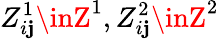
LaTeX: Z_{i\mathbf{j}}^{1}\inZ^{1},Z_{i\mathbf{j}}^{2}\inZ^{2}